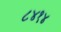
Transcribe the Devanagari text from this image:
८४१४